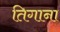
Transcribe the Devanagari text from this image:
तिगाना